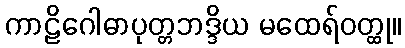
ကာဠိဂေါဓာပုတ္တဘဒ္ဒိယ မထေရ်ဝတ္ထု။